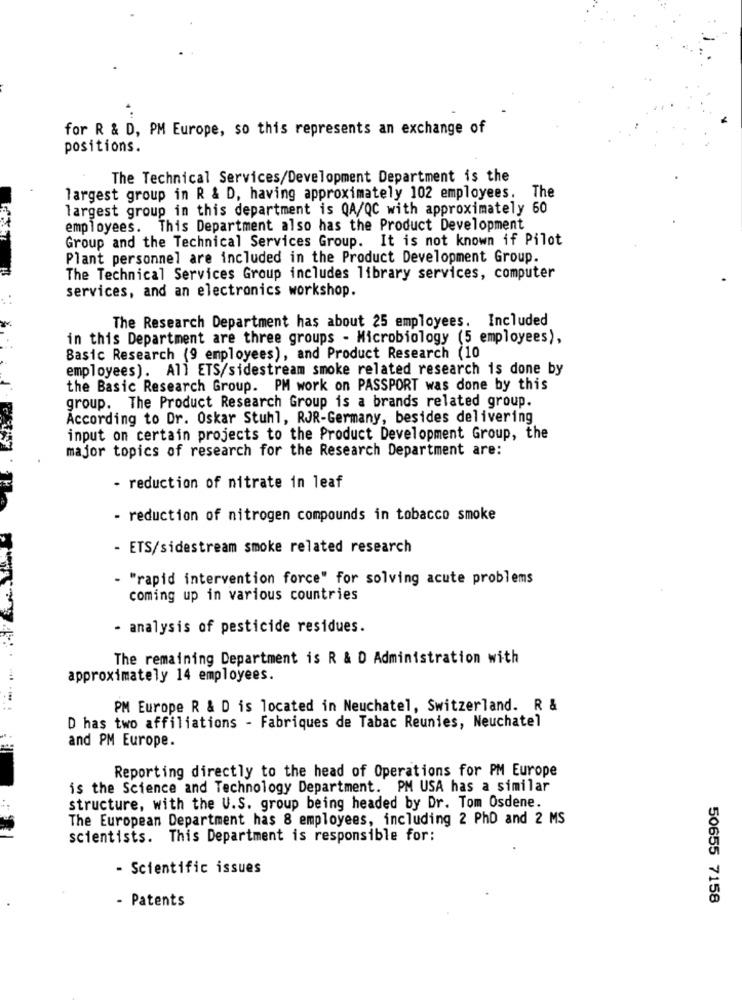
for R & D, PM Europe, so this represents an exchange of
positions.
The Technical Services/Development Department is the
largest group in R & D, having approximately 102 employees. The
largest group in this department is QA/QC with approximately 60
employees. This Department also has the Product Development
Group and the Technical Services Group. It is not known if Pilot
Plant personnel are included in the Product Development Group.
The Technical Services Group includes library services, computer
services, and an electronics workshop.
The Research Department has about 25 employees. Included
in this Department are three groups - Microbiology (5 employees),
Basic Research (9 employees), and Product Research (10
employees). All ETS/sidestream smoke related research is done by
the Basic Research Group. PM work on PASSPORT was done by this
group. The Product Research Group is a brands related group.
According to Dr. Oskar Stuhl, RJR-Germany, besides delivering
input on certain projects to the Product Development Group, the
major topics of research for the Research Department are:
- reduction of nitrate in leaf
- reduction of nitrogen compounds in tobacco smoke
- ETS/sidestream smoke related research
- "rapid intervention force" for solving acute problems
coming up in various countries
- analysis of pesticide residues.
The remaining Department is R & D Administration with
approximately 14 employees.
PM Europe R & D is located in Neuchatel, Switzerland. R &
D has two affiliations - Fabriques de Tabac Reunies, Neuchatel
and PM Europe.
Reporting directly to the head of Operations for PM Europe
is the Science and Technology Department. PM USA has a similar
structure, with the U.S. group being headed by Dr. Tom Osdene.
The European Department has 8 employees, including 2 PhD and 2 MS
scientists. This Department is responsible for:
- Scientific issues
- Patents
50655 7158